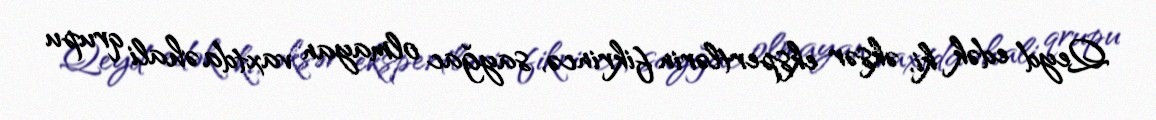
Qeyd edək ki, əksər ekspertlərin fikrincə, sayğac olmayan vaxtda əhali qrupu